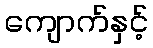
ကျောက်နှင့်